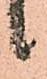
候